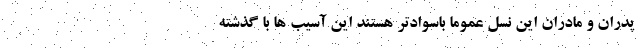
پدران و مادران این نسل عموما باسوادتر هستند این آسیب ها با گذشته